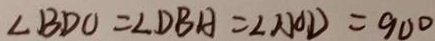
\angle B D O = \angle D B A = \angle A O D = 9 0 ^ { \circ }